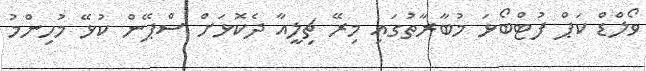
ވޯލްޑް ކަޕް ފުޓްބޯޅަ މުބާރާތުގައި މިރޭ ޗިލީއާ ދެކޮޅަށް ސްޕޭން ކުޅޭ މުހިންމު